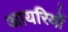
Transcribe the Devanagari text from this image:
आयरियों